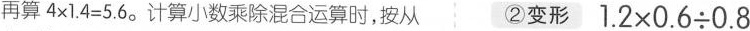
再算$$4 \times 1.4 = 5.6$$。计算小数乘除混合运算时，按从 ②变形$$1.2 \times 0.6 {\div} 0.8$$左到右的顺序计算，有简便方法的可以进行简算。③结果